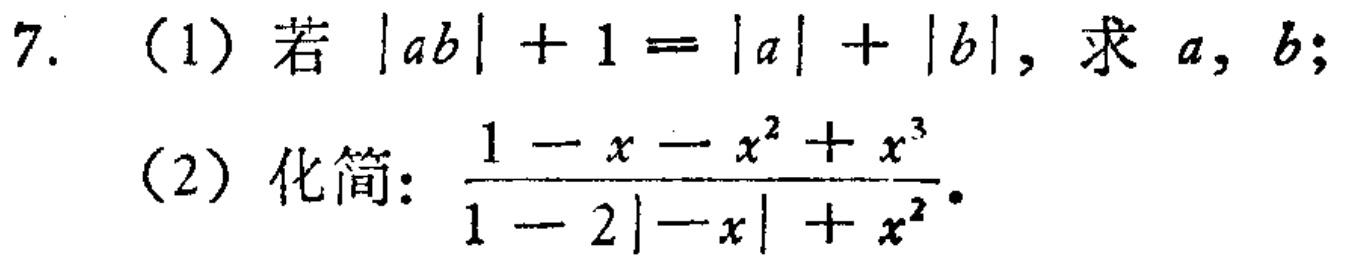
7. (1) 若 \(|ab| + 1 = |a| + |b|\)，求 \(a,b\)；

(2) 化简：\(\frac{1 - x - x^{2}+x^{3}}{1 - 2|-x|+x^{2}}\)。